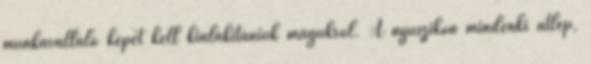
munkavállaló képét kell kialakítaniuk magukról. A nyuszikon mindenki átlép,